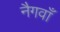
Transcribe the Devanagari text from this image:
नैगवाँ